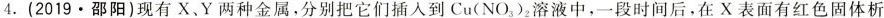
4.(2019.邵阳)现有X、Y两种金属，分别把它们插入到Cu(NO_{3})_{2}溶液中，一段时间后，在X表面有红色固体析